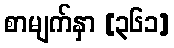
စာမျက်နှာ [၃၆၁]